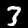
Digit: 3